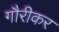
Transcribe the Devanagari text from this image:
गौरीकर